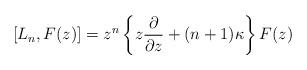
LaTeX: \begin{align*}[L_n, F(z)] =z^n \left\{ z \frac{\partial}{\partial z} + (n+1)\kappa\right\} F(z)\end{align*}